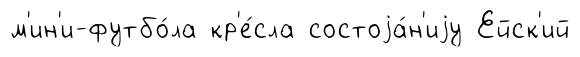
м'ин'и-футбо́ла кр'е́сла состоjа́н'иjу Ейск'ий